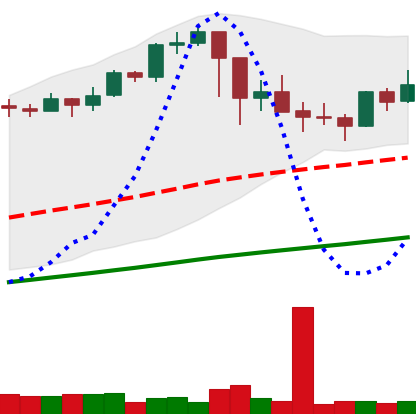
Ticker: BTC-USD
Chart end date: 2021-03-03
Forward return: 3.38%
Label: up_3_5